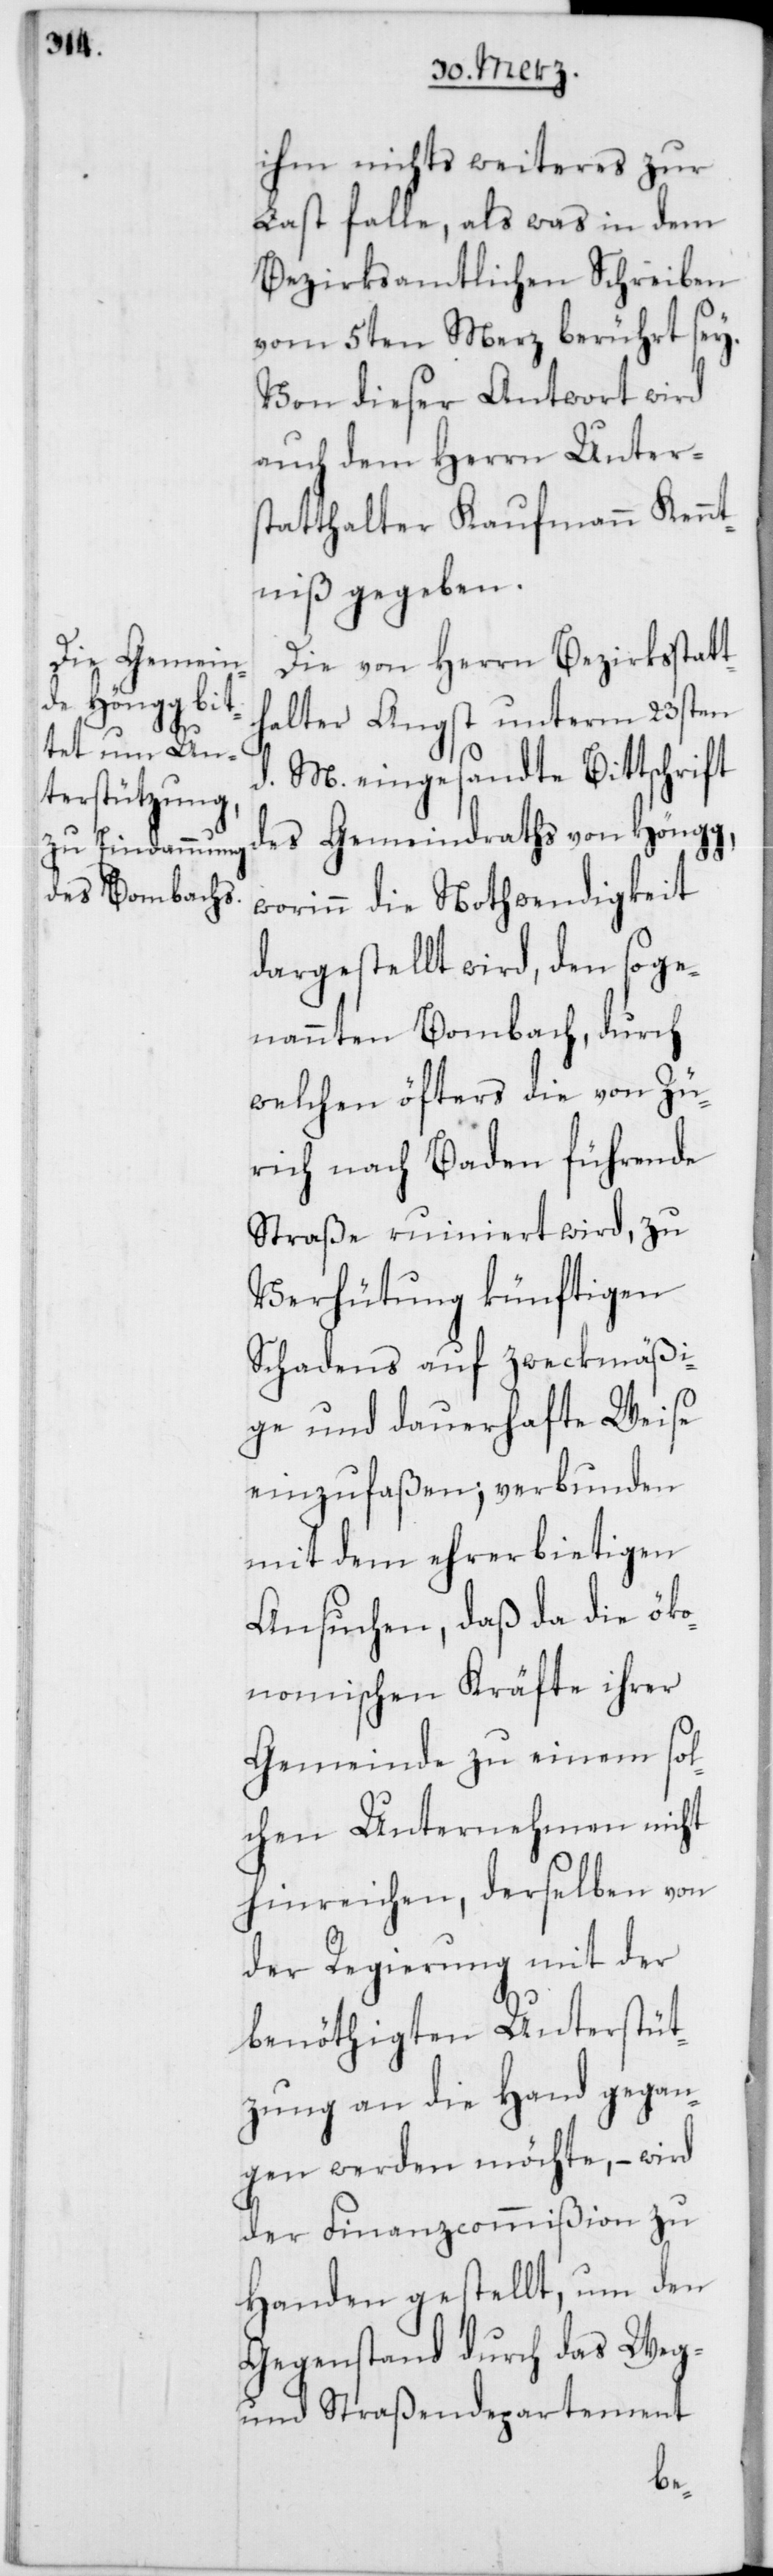
ihm nichts weiteres zur
Last falle, als was in dem
Bezirksamtlichen Schreiben
vom 5ten Merz berührt sey.
Von dieser Antwort wird
auch dem Herrn Unter¬
statthalter Kaufmann Kennt¬
niß gegeben.
Die von Herrn Bezirksstatt¬
halter Angst unterm 23sten
d. M. eingesandte Bittschrift
des Gemeindraths von Höngg,
worinn die Nothwendigkeit
dargestellt wird, den soge¬
nannten Bombach, durch
welchen öfters die von Zü¬
rich nach Baden führende
Straße ruiniert wird, zu
Verhütung künftigen
Schadens auf zweckmäßi¬
ge und dauerhafte Weise
einzufaßen, verbunden
mit dem eherbietigen
Ansuchen, daß da die öko¬
nomischen Kräfte ihrer
Gemeinde zu einem sol¬
chen Unternehmen nicht
hinreichen, derselben von
der Regierung mit der
benöthigten Unterstüt¬
zung an die Hand gegan¬
gen werden möchte, – wird
der Finanzcommißion zu
Handen gestellt, um den
Gegenstand durch das Weg-
und Straßendepartement